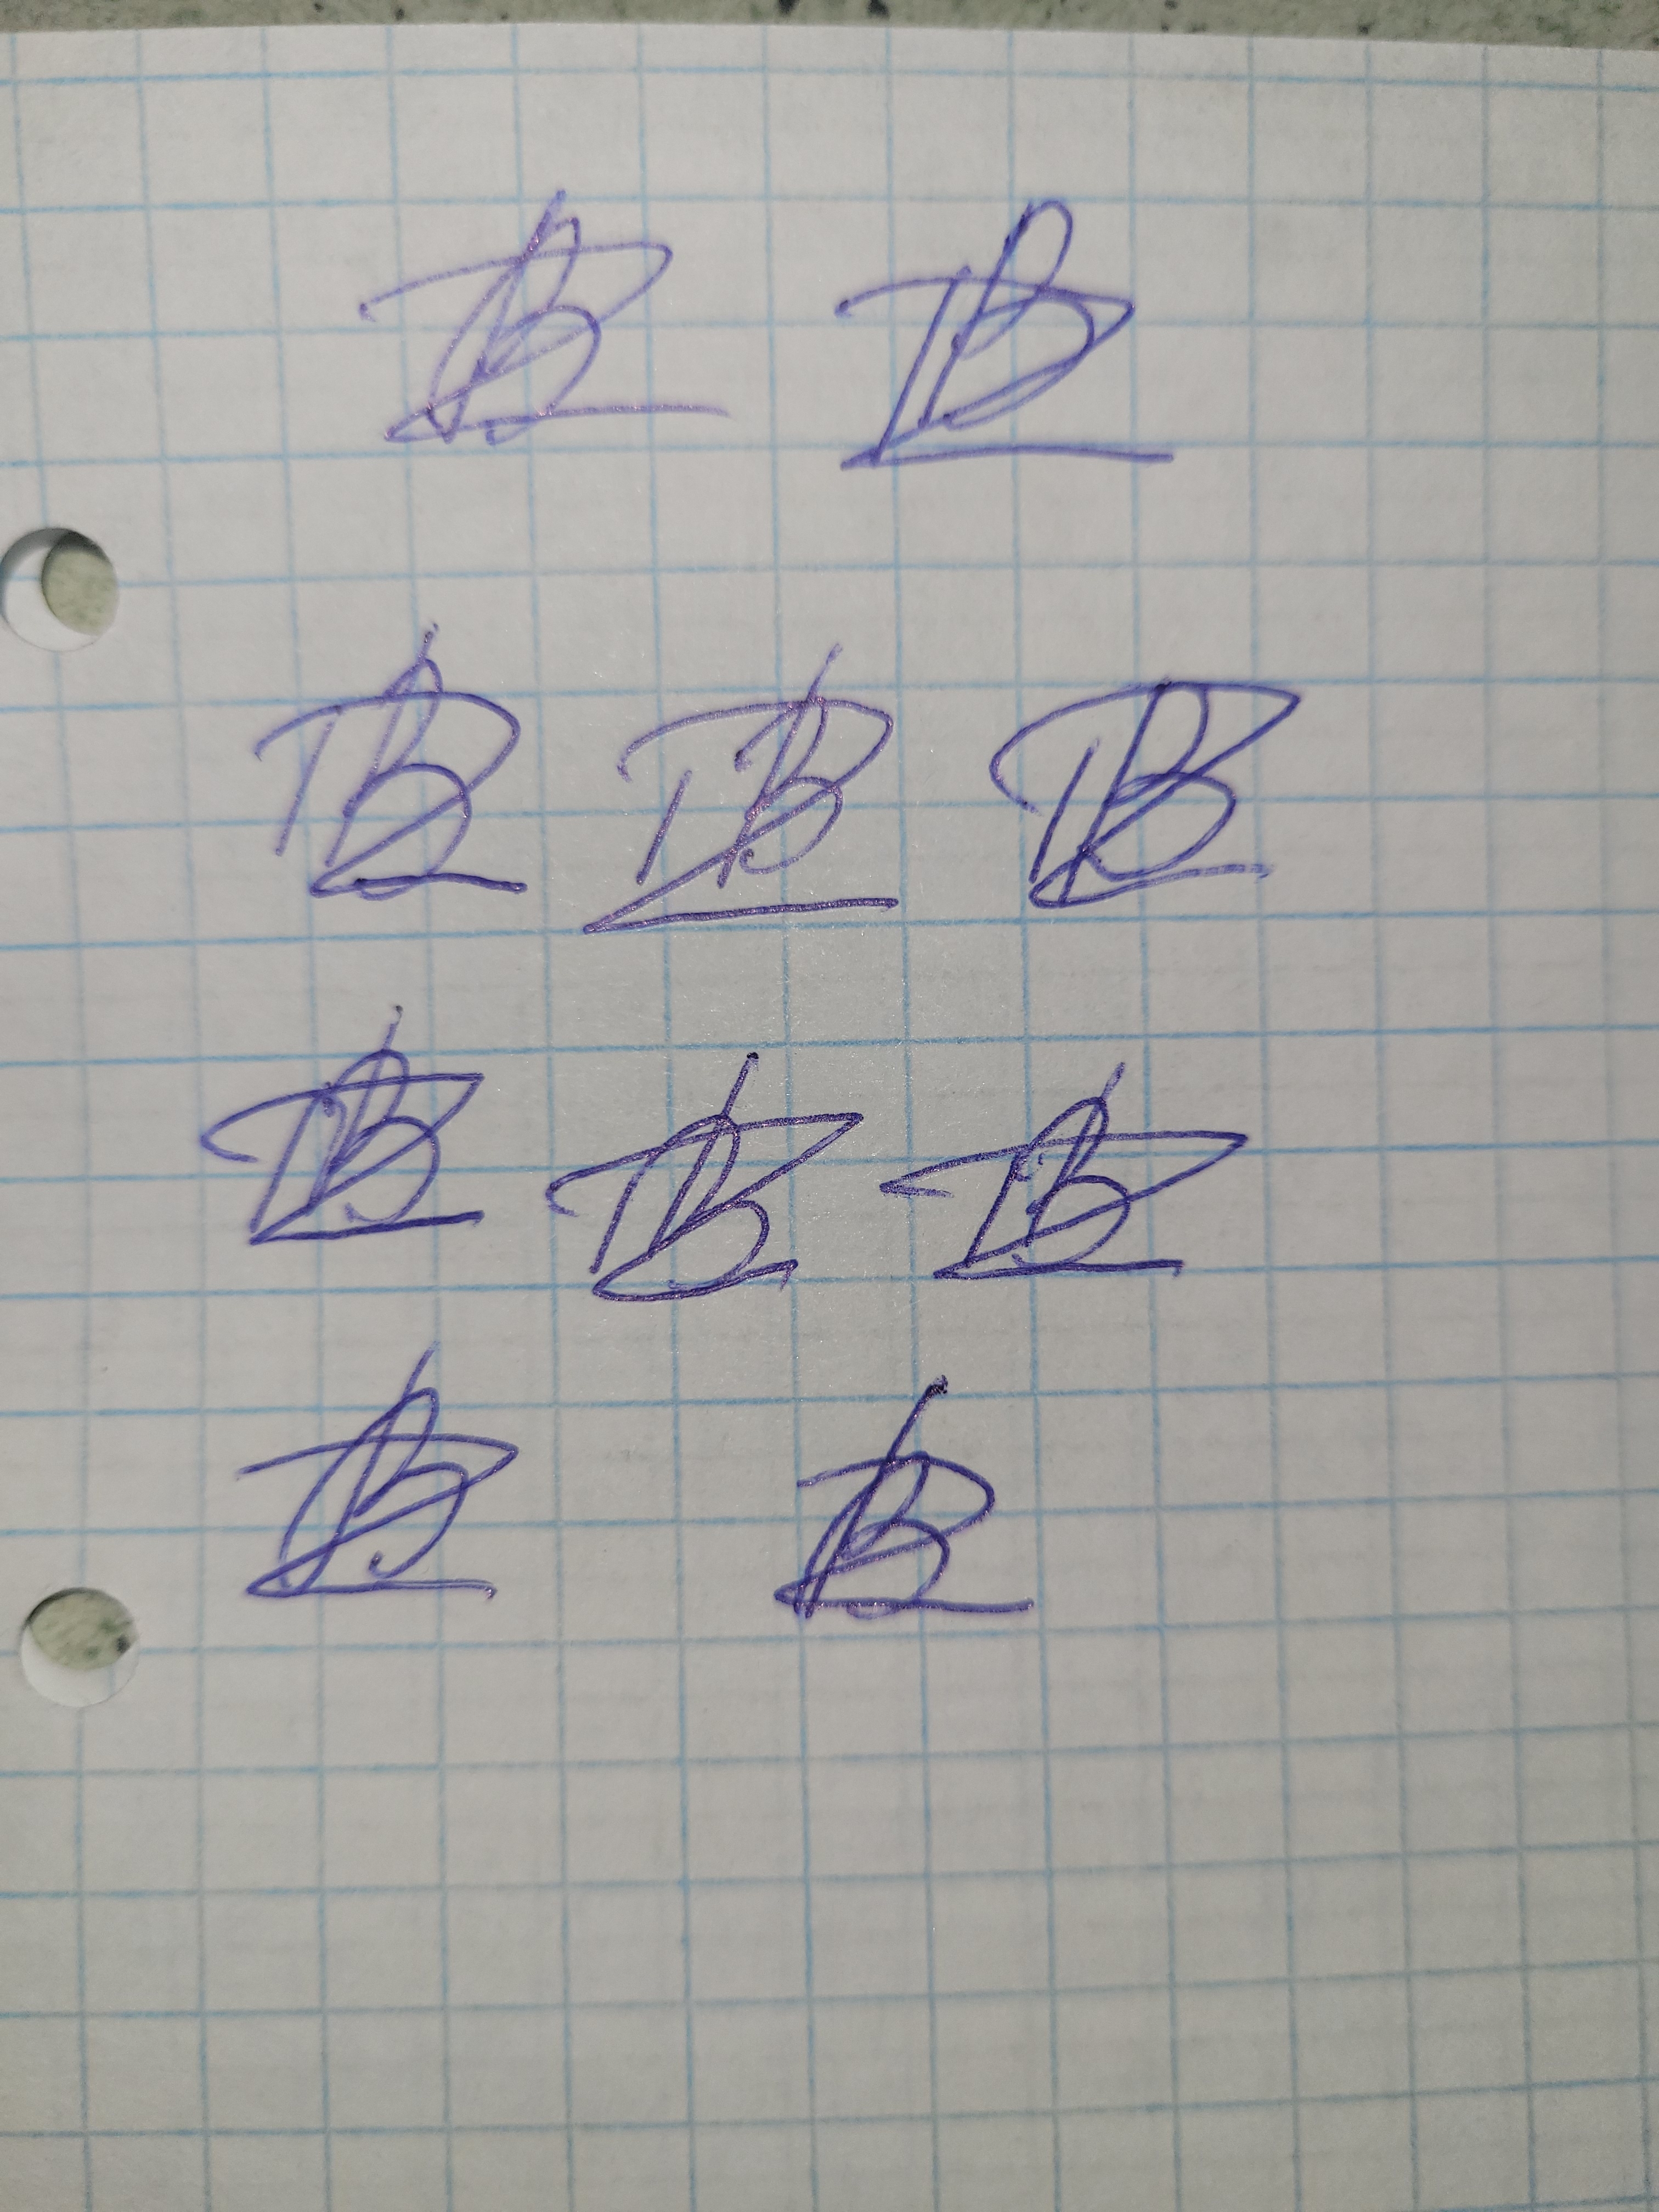
Signature authenticity: forged